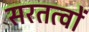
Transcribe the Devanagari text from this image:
सरतत्वों